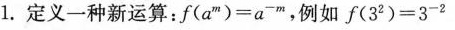
1.定义一种新运算：$$f ( a ^ { m } ) = a ^ { - m }$$，例如$$f ( 3 ^ { 2 } ) = 3 ^ { - 2 }